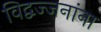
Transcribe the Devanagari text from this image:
विद्वज्जनांना